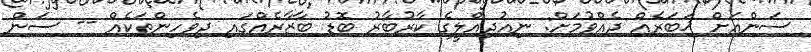
ސަންއަށް ޚަބަރެއް ދެއްވުމަށް: ނިއުދިއްލީގެ ކާރުބާރު ބޮޑު ބާޒާރެއްގައި ދިވެހިންތަކެއް -- ސަން